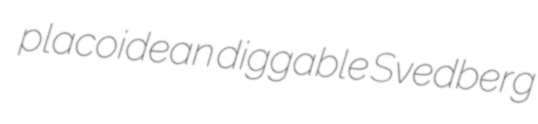
placoidean diggable Svedberg